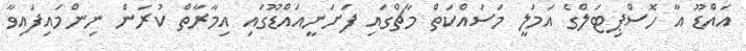
އައްޑޫ އާ ހޮސްޕިޓަލްގެ އަމަލީ މަސައްކަތް މާޗްގައި ފަށަނީއައްޑޫގައި އިމާރާތް ކުރަން ނިންމައިފައިވާ